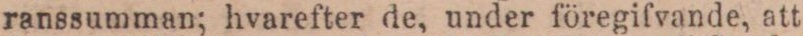
ranssumman; hvarefter de, under föregifvande, att